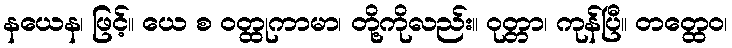
နယေန၊ ဖြင့်။ ယေ စ ဝတ္ထုကာမာ၊ တို့ကိုလည်း။ ဝုတ္တာ၊ ကုန်ပြီ။ တတ္ထေဝ၊